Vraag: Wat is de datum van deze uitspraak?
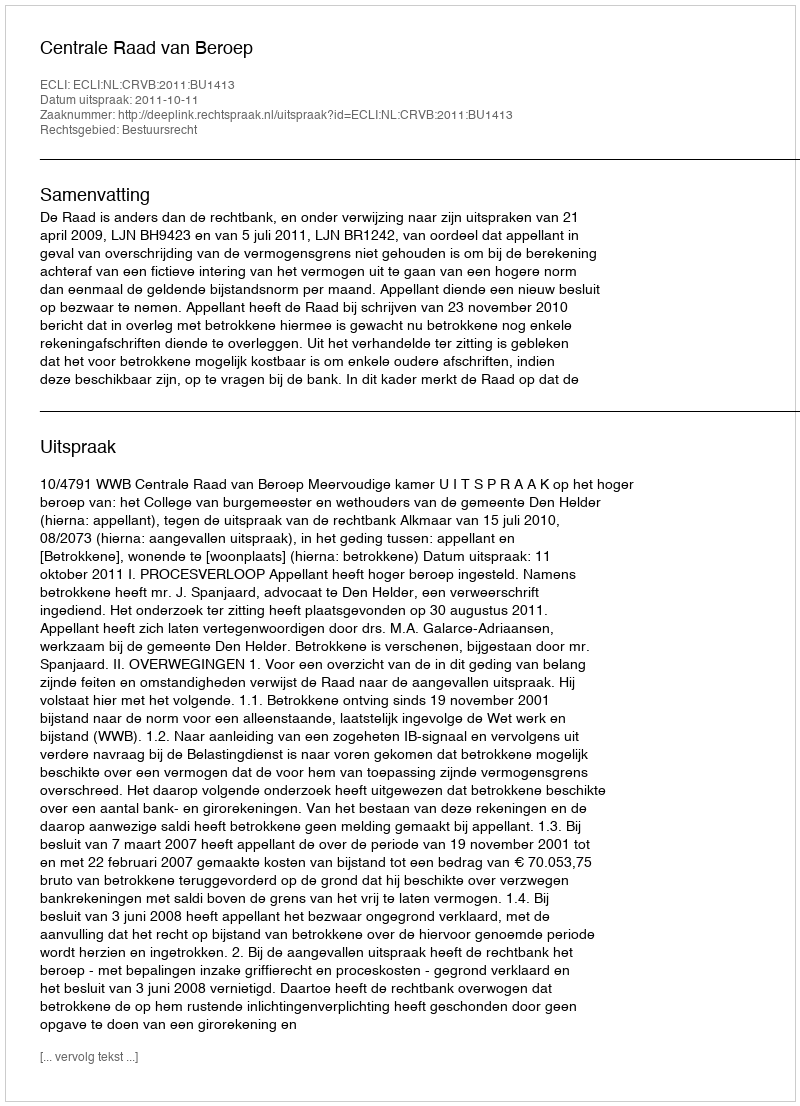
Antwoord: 2011-10-11